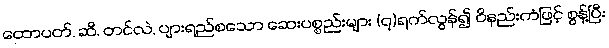
ထောပတ်, ဆီ, တင်လဲ, ပျားရည်စသော ဆေးပစ္စည်းများ (၇)ရက်လွန်၍ ဝိနည်းကံဖြင့် စွန့်ပြီး